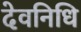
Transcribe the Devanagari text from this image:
देवनिधि